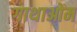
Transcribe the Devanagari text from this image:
गाथाओम